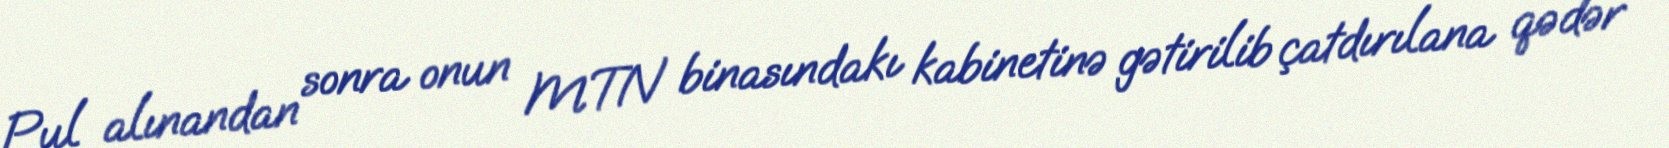
Pul alınandan sonra onun MTN binasındakı kabinetinə gətirilib çatdırılana qədər